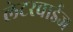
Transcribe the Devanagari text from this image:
लेटरवाईज